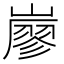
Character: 𡽐